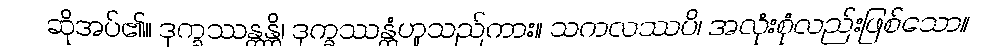
ဆိုအပ်၏။ ဒုက္ခဿန္တန္တိ၊ ဒုက္ခဿန္တံဟူသည်ကား။ သကလဿပိ၊ အလုံးစုံလည်းဖြစ်သော။